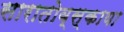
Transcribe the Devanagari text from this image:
सारातोव्स्काया